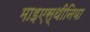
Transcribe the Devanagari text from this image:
माइएस्थीनिया